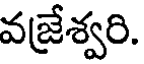
వజ్రేశ్వరి.